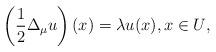
LaTeX: \begin{align*}\left(\frac12\Delta _{\mu}u\right)(x)=\lambda u(x), x \in U\/,\end{align*}